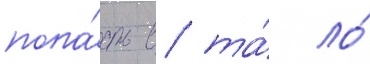
попа́сть в та́ ло́